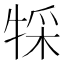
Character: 𤚀